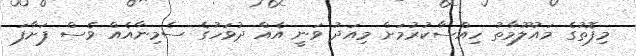
މިފޮތުގެ މައުލޫމާތު ހިއްސާކުރުމަށް މިއަދު ވަނީ އެއް ދުވަހުގެ ސެމިނާއެއް ވެސް ފަށާފަ